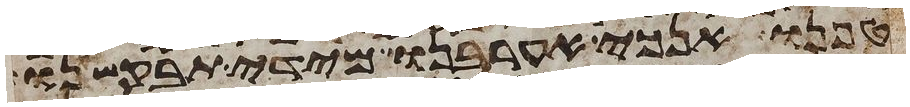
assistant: טפנו אנכי אערבנו מידי תבקשנו